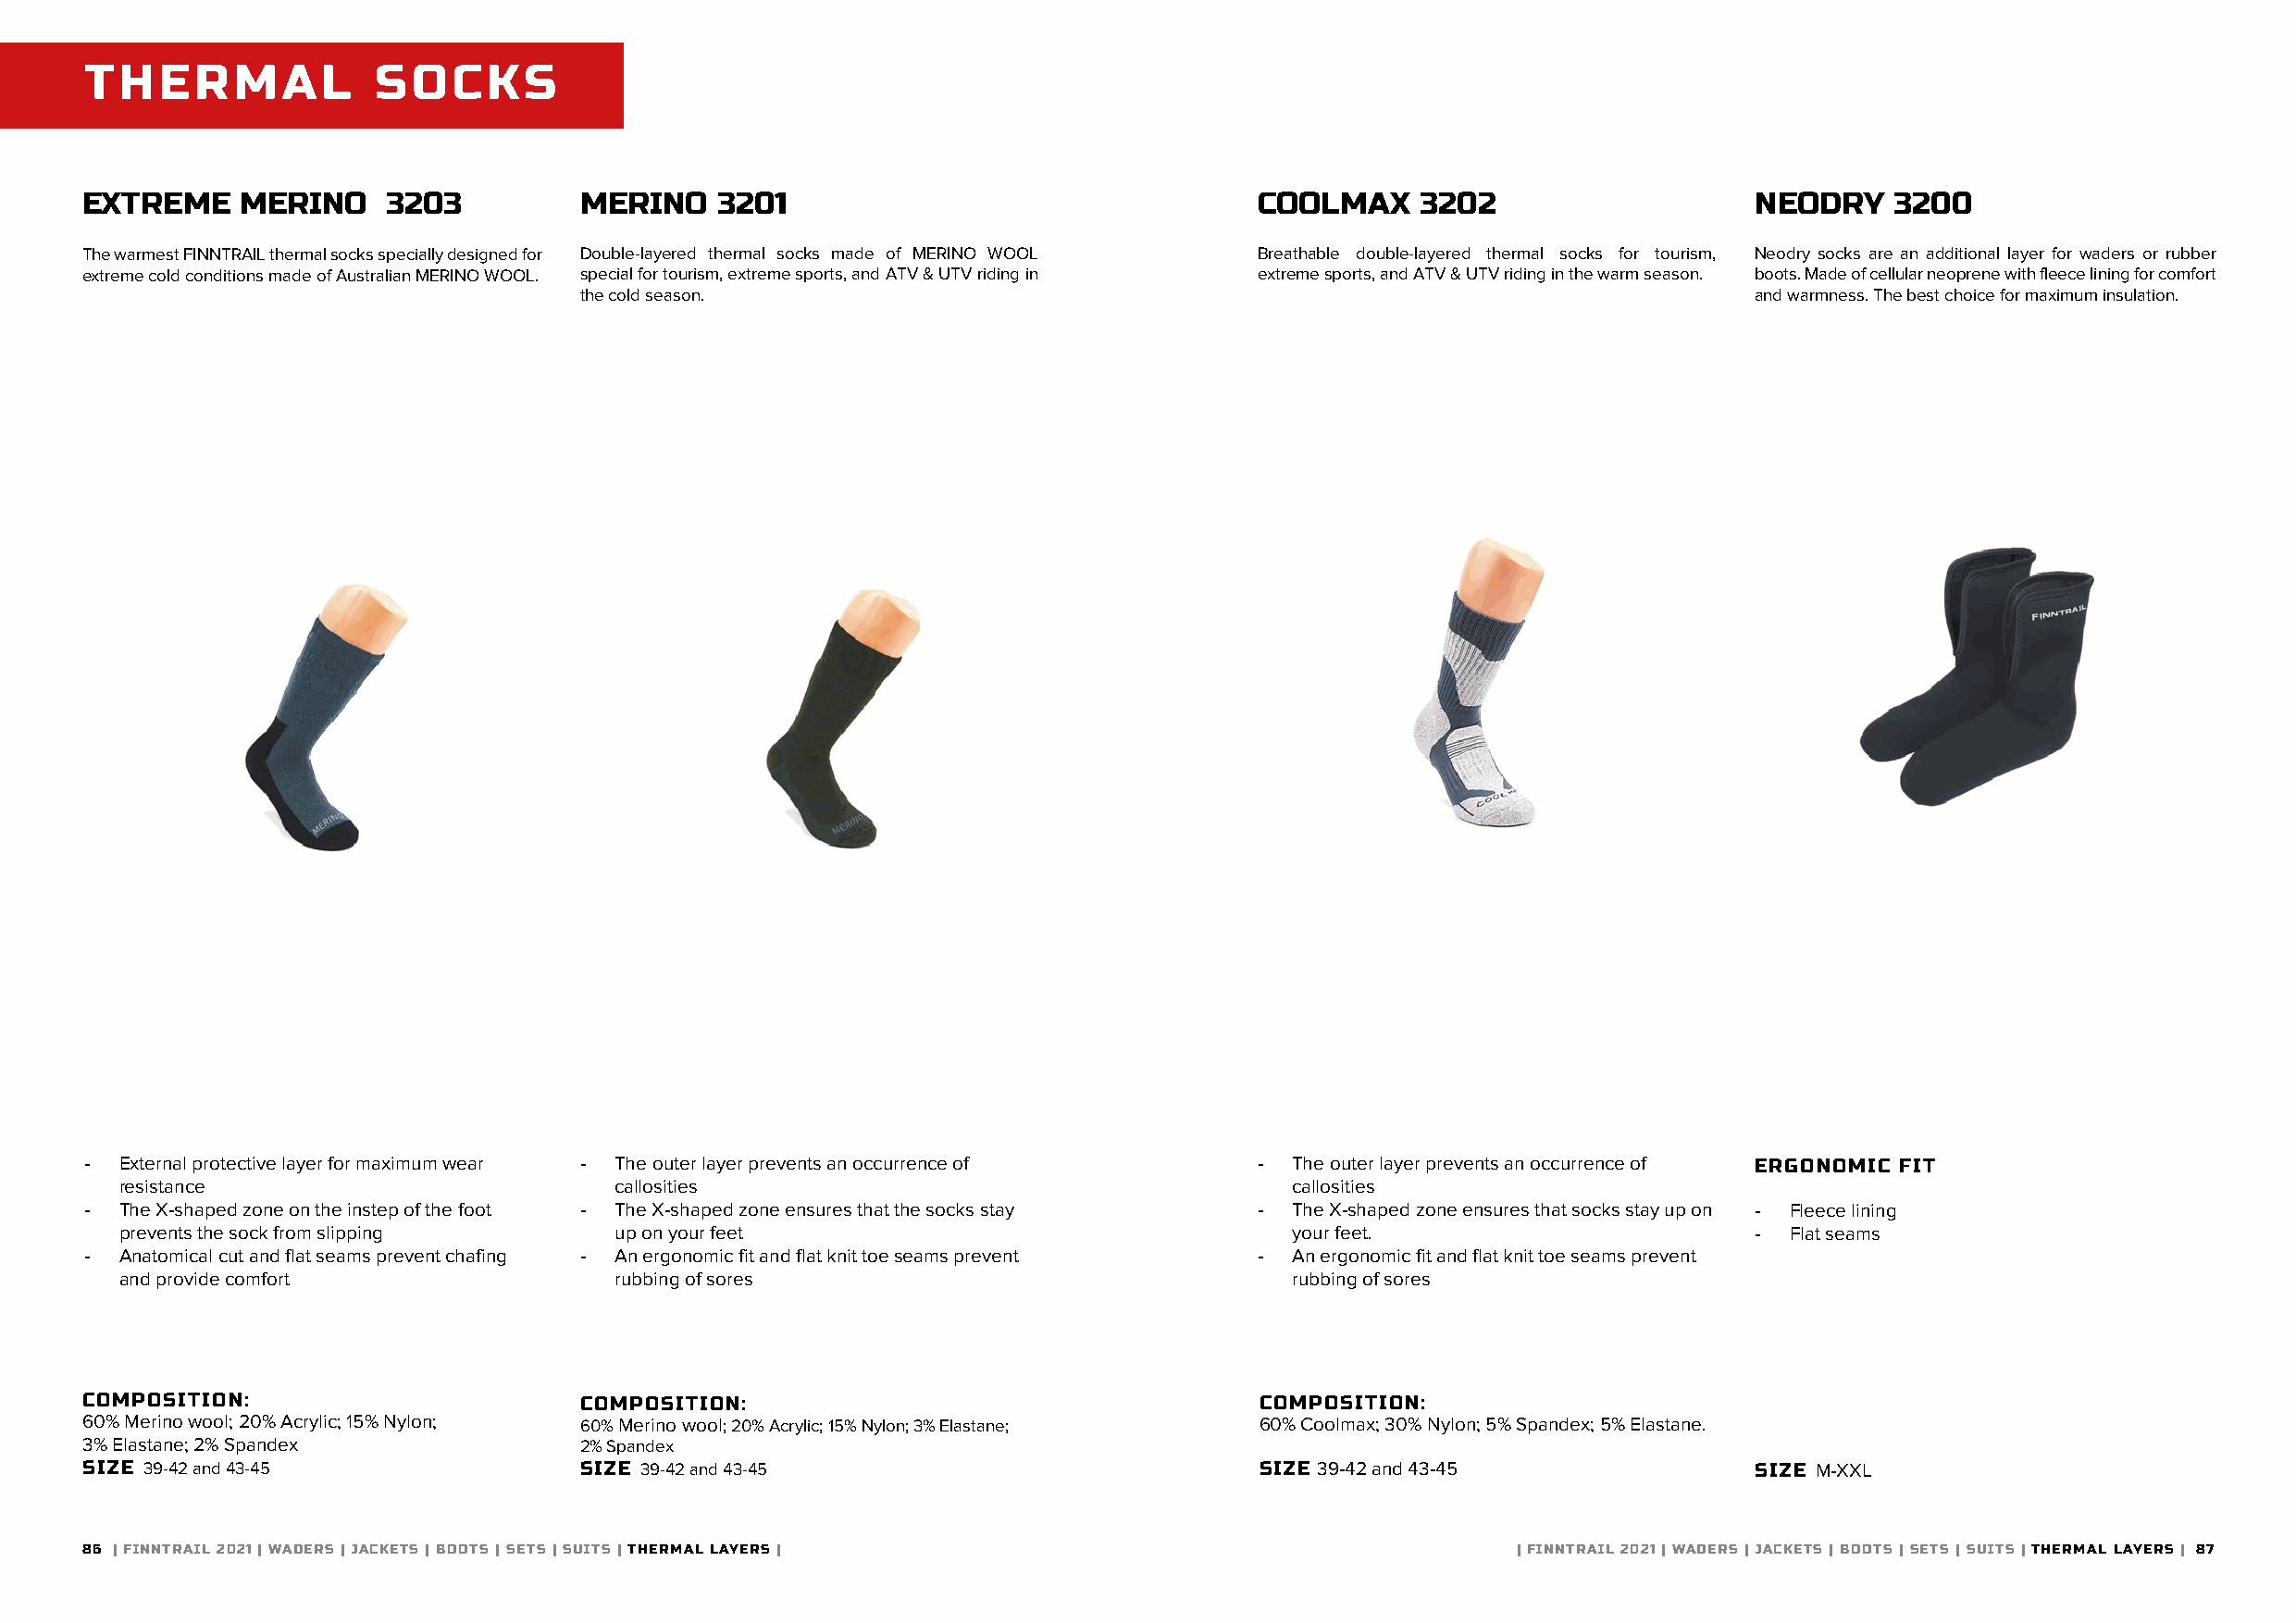
THERMAL              SOCKS
 EXTREME    MERINO     3203         MERINO    3201                                   COOLMAX     3202                    NEODRY   3200
 The warmest FINNTRAIL thermal socks specially designed for Double-layered thermal socks made of MERINO WOOL Breathable double-layered thermal socks for tourism, Neodry socks are an additional layer for waders or rubber
 extreme cold conditions made of Australian MERINO WOOL. special for tourism, extreme sports, and ATV & UTV riding in extreme sports, and ATV & UTV riding in the warm season. boots. Made of cellular neoprene with fleece lining for comfort
 the cold season.                                                                     and warmness. The best choice for maximum insulation.
 -  External protective layer for maximum wear - The outer layer prevents an occurrence of - The outer layer prevents an occurrence of ERGONOMIC FIT
 resistance                         callosities                                     callosities
 -  The X-shaped zone on the instep of the foot - The X-shaped zone ensures that the socks stay - The X-shaped zone ensures that socks stay up on - Fleece lining
 prevents the sock from slipping    up on your feet                                 your feet.                        - Flat seams
 -  Anatomical cut and flat seams prevent chafing - An ergonomic fit and flat knit toe seams prevent - An ergonomic fit and flat knit toe seams prevent
 and provide comfort                rubbing of sores                                rubbing of sores
 COMPOSITION:                       COMPOSITION:                                     COMPOSITION:
 60% Merino wool; 20% Acrylic; 15% Nylon; 60% Merino wool; 20% Acrylic; 15% Nylon; 3% Elastane; 60% Coolmax; 30% Nylon; 5% Spandex; 5% Elastane.
 3% Elastane; 2% Spandex            2% Spandex
 SIZE 39-42 and 43-45               SIZE 39-42 and 43-45                             SIZE 39-42 and 43-45                SIZE M-XXL
 86 | FINNTRAIL 2021 | WADERS | JACKETS | BOOTS | SETS | SUITS | THERMAL LAYERS |                      | FINNTRAIL 2021 | WADERS | JACKETS | BOOTS | SETS | SUITS | THERMAL LAYERS | 87